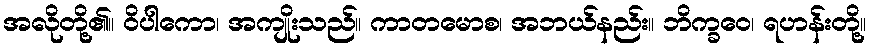
အလိုတို့၏။ ဝိပါကော၊ အကျိုးသည်။ ကာတမောစ၊ အဘယ်နည်း။ ဘိက္ခဝေ၊ ရဟန်းတို့။